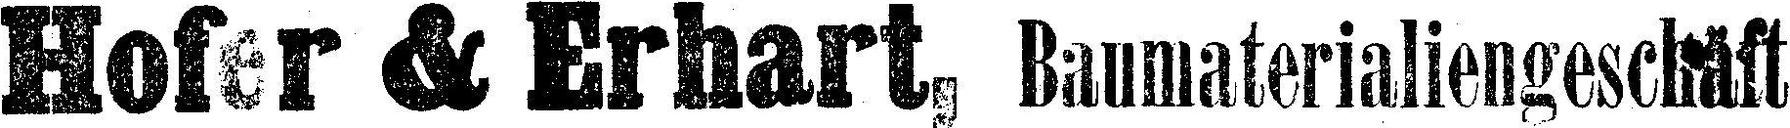
Hofer & Erhart, Baumaterialiengeschäft